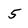
Character: 5